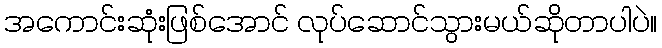
အကောင်းဆုံးဖြစ်အောင် လုပ်ဆောင်သွားမယ်ဆိုတာပါပဲ။